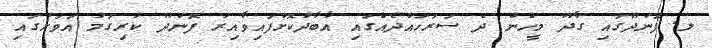
ލ. ފޮނަދޫގައި ގާދޫ މީހުން ދެ ސަރަހައްދެއްގައި އާބާދުކޮށްފައިވާއިރު ފޮނަދޫ ކުރިގަމު އަވަށުގައި